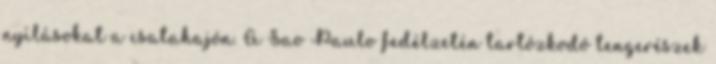
nyílásokat a csatahajón. A Sao Paulo fedélzetén tartózkodó tengerészek